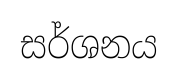
සර්ශනය